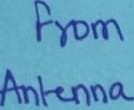
Text: from Antenna